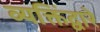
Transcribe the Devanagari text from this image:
व्यक्तिंद्वारे